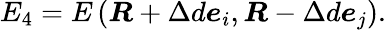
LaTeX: E_{4}=E\left(\boldsymbol{R}+\Delta d\boldsymbol{e}_{i},\boldsymbol{R}-\Delta d\boldsymbol{e}_{j}\right).